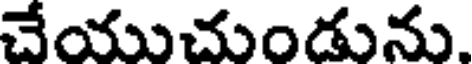
చేయుచుండును.